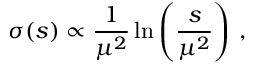
\sigma ( s ) \propto \frac { 1 } { \mu ^ { 2 } } \ln \left( \frac { s } { \mu ^ { 2 } } \right) \, ,